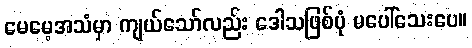
မေမေ့အသံမှာ ကျယ်သော်လည်း ဒေါသဖြစ်ပုံ မပေါ်သေးပေ။